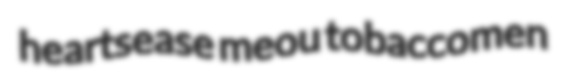
heartsease meou tobaccomen